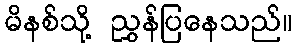
မိနစ်သို့ ညွှန်ပြနေသည်။